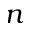
n